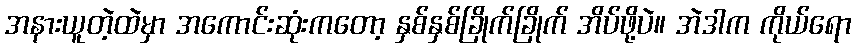
အနားယူတဲ့ထဲမှာ အကောင်းဆုံးကတော့ နှစ်နှစ်ခြိုက်ခြိုက် အိပ်ဖို့ပဲ။ အဲဒါက ကိုယ်ရော